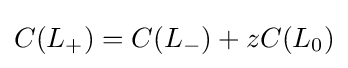
C(L_{+})=C(L_{-})+zC(L_{0})